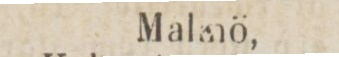
Malmö,